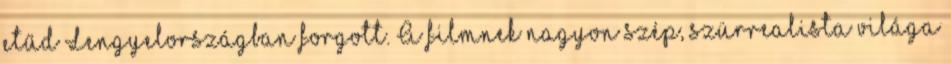
etűd Lengyelországban forgott. A filmnek nagyon szép, szürrealista világa